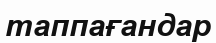
таппағандар